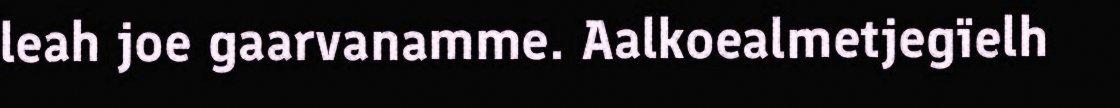
leah joe gaarvanamme. Aalkoealmetjegïelh